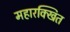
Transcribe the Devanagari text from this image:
महारक्खित